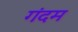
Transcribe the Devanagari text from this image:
गंदम